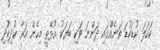
ކަހަލަ ކުޑަކުޑަ ތަނެއްގައި ދަންނަ ވަކި ބަޔަކު އުޅޭތީ މިހެން އަރާ ކުދިކުދި